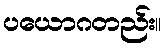
ပယောဂတည်း။